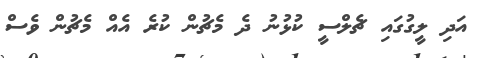
އަދި ލީގުގައި ޗެލްސީ ކުޅުނު ދެ މެޗުން ކުރެ އެއް މެޗުން ވެސް